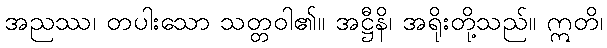
အညဿ၊ တပါးသော သတ္တဝါ၏။ အဋ္ဌီနိ၊ အရိုးတို့သည်။ ဣတိ၊